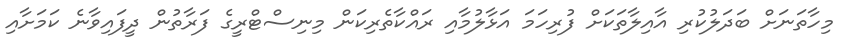
މިހާތަނަށް ބަދަލުކުރި އާއިލާތަކަށް ފުރިހަމަ އަޅާލުމާއި ރައްކާތެރިކަން މިނިސްޓްރީގެ ފަރާތުން ދީފައިވާނެ ކަމަށާއި